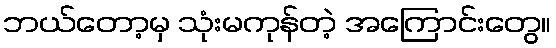
ဘယ်တော့မှ သုံးမကုန်တဲ့ အကြောင်းတွေ။